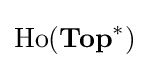
{\text{Ho}}({\textbf {Top}}^{*})